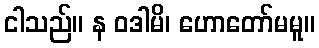
ငါသည်။ န ဝဒါမိ၊ ဟောတော်မမူ။